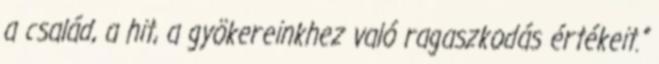
a család, a hit, a gyökereinkhez való ragaszkodás értékeit.”